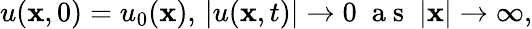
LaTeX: u(\mathbf{x},0)=u_{0}(\mathbf{x}),\, |u(\mathbf{x},t)|\to0\; \mathrm{{~a~s~}}\; |\mathbf{x}|\to\infty,